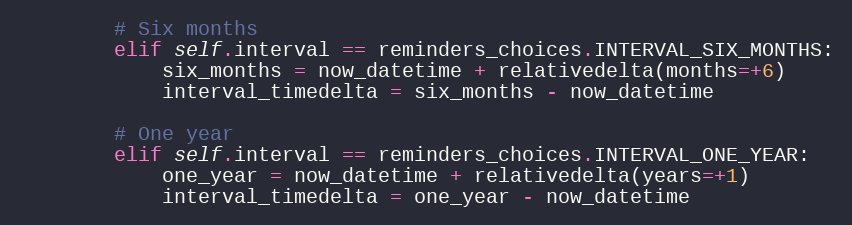
Language: Python
        # Six months
        elif self.interval == reminders_choices.INTERVAL_SIX_MONTHS:
            six_months = now_datetime + relativedelta(months=+6)
            interval_timedelta = six_months - now_datetime

        # One year
        elif self.interval == reminders_choices.INTERVAL_ONE_YEAR:
            one_year = now_datetime + relativedelta(years=+1)
            interval_timedelta = one_year - now_datetime